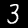
Label: 3